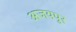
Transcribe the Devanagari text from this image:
अजयपुर